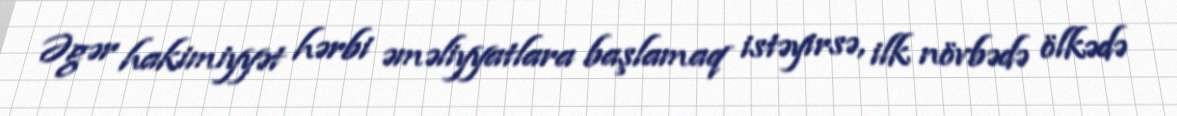
Əgər hakimiyyət hərbi əməliyyatlara başlamaq istəyirsə, ilk növbədə ölkədə